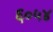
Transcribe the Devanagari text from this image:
६०५४